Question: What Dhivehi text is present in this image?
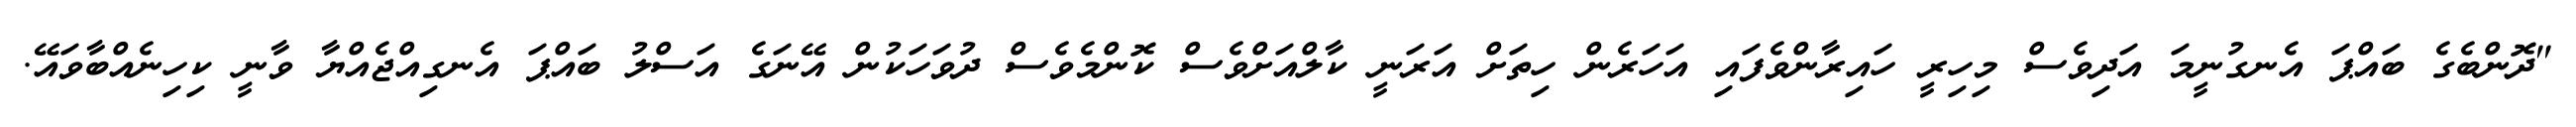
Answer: "ދޮންބެގެ ބައްޕަ އެނގުނީމަ އަދިވެސް މިހިރީ ހައިރާންވެފައި އަހަރެން ހިތަށް އަރަނީ ކާލްއަށްވެސް ކޮންމެވެސް ދުވަހަކުން އޭނަގެ އަސްލު ބައްޕަ އެނގިއްޖެއްޔާ ވާނީ ކިހިނެއްބާވައޭ.